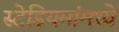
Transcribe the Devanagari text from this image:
स्टेडियमांमध्ये